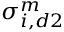
\sigma _ { i , d 2 } ^ { m }